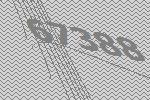
67388